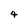
Character: 4